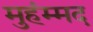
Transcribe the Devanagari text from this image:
मुहंम्मद